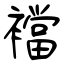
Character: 襠